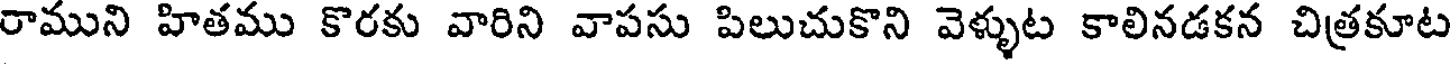
రాముని హితము కొరకు వారిని వాపసు పిలుచుకొని వెళ్ళుట కాలినడకన చిత్రకూట